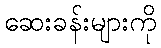
ဆေးခန်းများကို